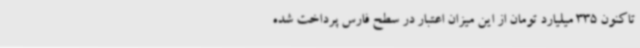
تاکنون 335 میلیارد تومان از این میزان اعتبار در سطح فارس پرداخت شده